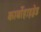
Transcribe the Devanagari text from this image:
कार्बोहाइड्रेड